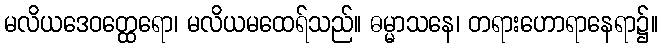
မလိယဒေဝတ္ထေရော၊ မလိယမထေရ်သည်။ ဓမ္မာသနေ၊ တရားဟောရာနေရာ၌။